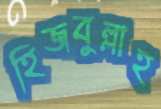
হিজবুল্লাহ